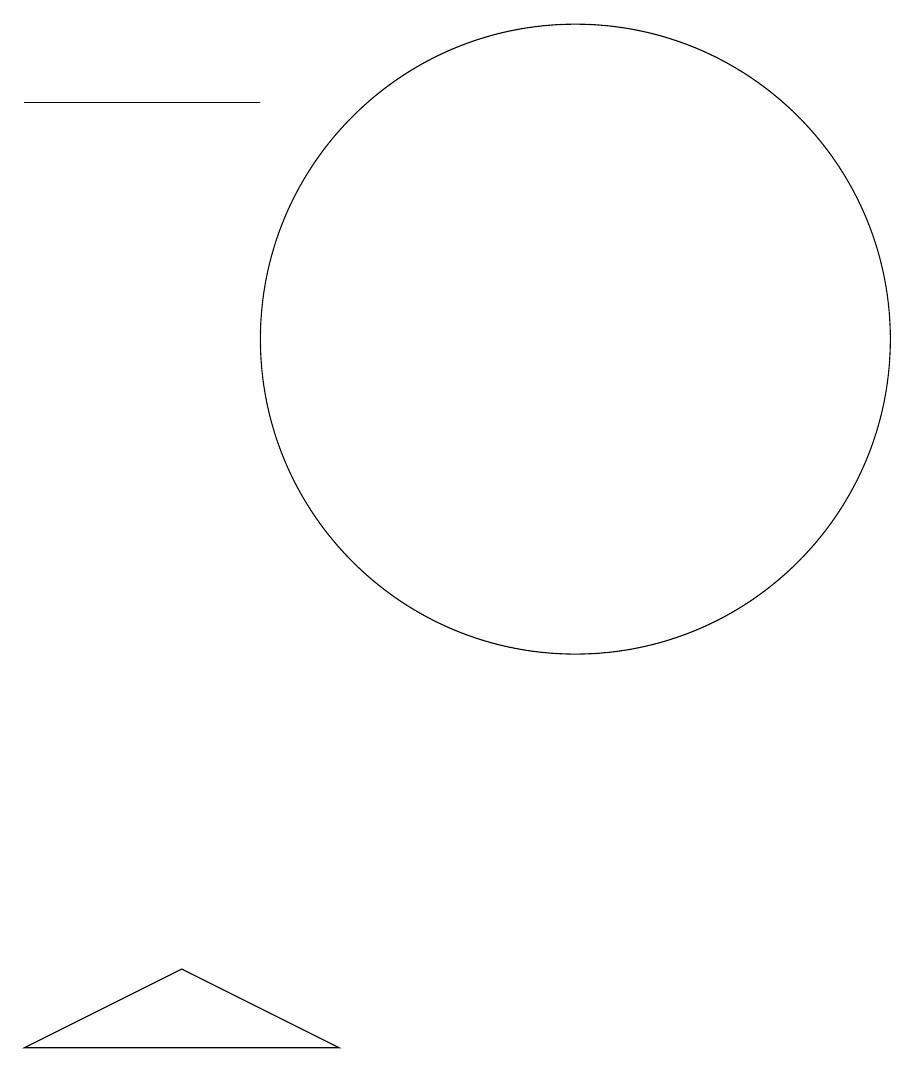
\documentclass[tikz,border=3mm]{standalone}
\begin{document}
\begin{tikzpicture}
\draw (10,11) circle (4);
\draw (5,3) -- (7,2) -- (3,2) -- cycle;
\draw (6,14) rectangle (3,14);
\draw (10,10) circle (0);
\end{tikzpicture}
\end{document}